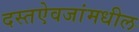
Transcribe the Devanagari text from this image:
दस्तऐवजांमधील